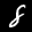
Label: 8